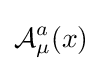
{\mathcal {A}}_{\mu }^{a}(x)